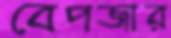
বেপজার